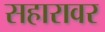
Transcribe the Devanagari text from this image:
सहारावर